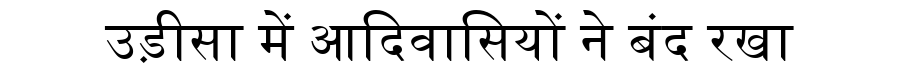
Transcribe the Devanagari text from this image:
उड़ीसा में आदिवासियों ने बंद रखा